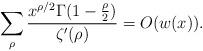
LaTeX: \begin{align*}\sum_{\rho}\frac{x^{\rho/2}\Gamma(1-\frac{\rho}{2})}{\zeta'(\rho)}=O(w(x)).\end{align*}